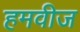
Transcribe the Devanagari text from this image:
हमवीज